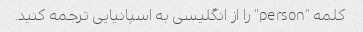
کلمه "person" را از انگلیسی به اسپانیایی ترجمه کنید.